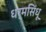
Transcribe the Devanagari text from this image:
धर्मसिंधू